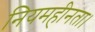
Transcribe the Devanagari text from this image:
नियमहीनता।